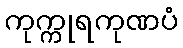
ကုက္ကုရကုဏပံ